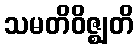
သမတိဝိဇ္ဈတိ